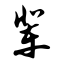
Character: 辈